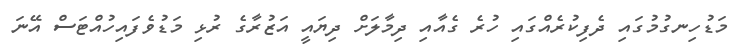
މަޑުހިނގުމުގައި ދެފިކުރެއްގައި ހުރެ ގެއާއި ދިމާލަށް ދިޔައީ އަޒުރާގެ ރުޅި މަޑުވެފައިހުއްޓަސް އޭނަ